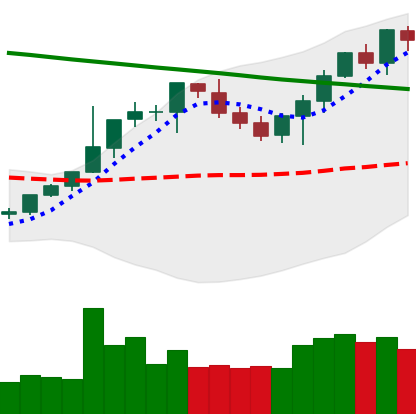
Ticker: BTC-USD
Chart end date: 2021-08-10
Forward return: 3.207%
Label: up_3_5